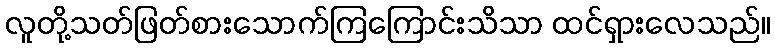
လူတို့သတ်ဖြတ်စားသောက်ကြကြောင်းသိသာ ထင်ရှားလေသည်။